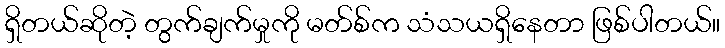
ရှိတယ်ဆိုတဲ့ တွက်ချက်မှုကို မတ်စ်က သံသယရှိနေတာ ဖြစ်ပါတယ်။